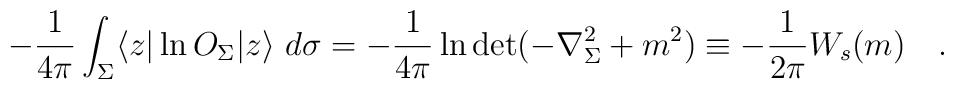
-{1 \over 4\pi} \int_{\Sigma}\langle z|\ln O_{\Sigma}|z \rangle ~d\sigma=-{1 \over 4\pi} \ln \det(-\nabla^2_{\Sigma}+m^2)\equiv -{1 \over 2\pi} W_s(m)~~~.